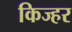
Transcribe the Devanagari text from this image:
किज्हर